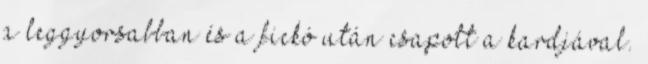
a leggyorsabban és a fickó után csapott a kardjával.